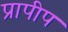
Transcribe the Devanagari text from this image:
प्रापीप